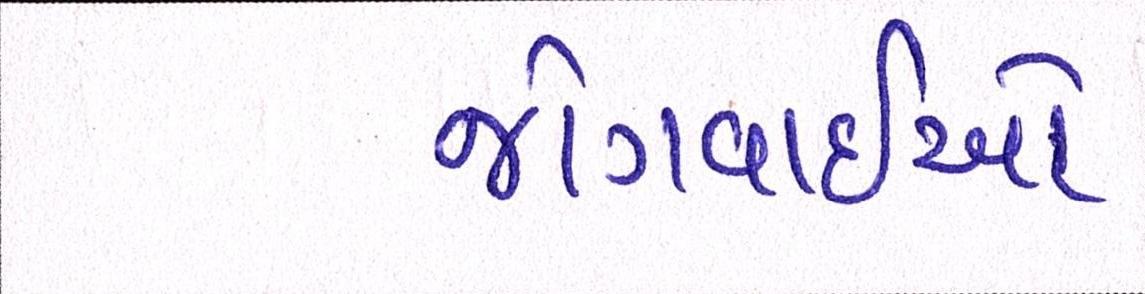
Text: જોગવાઇઓ